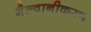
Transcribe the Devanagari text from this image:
गैल्वानीकरण